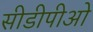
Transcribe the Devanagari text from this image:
सीडीपीओ